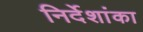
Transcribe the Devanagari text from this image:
निर्देशांका